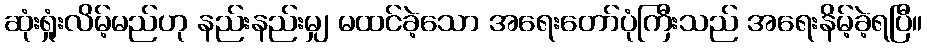
ဆုံးရှုံးလိမ့်မည်ဟု နည်းနည်းမျှ မထင်ခဲ့သော အရေးတော်ပုံကြီးသည် အရေးနိမ့်ခဲ့ရပြီ။